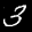
Label: 3